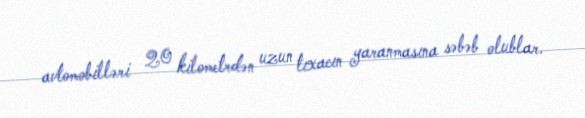
avtomobilləri 20 kilometrdən uzun tıxacın yaranmasına səbəb olublar.